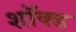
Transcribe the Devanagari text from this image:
शॉक्ड